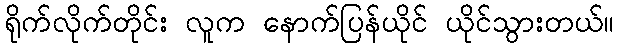
ရိုက်လိုက်တိုင်း လူက နောက်ပြန်ယိုင် ယိုင်သွားတယ်။